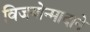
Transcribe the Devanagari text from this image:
विजयोन्मादाने